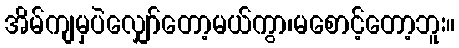
အိမ်ကျမှပဲလျှော်တော့မယ်ကွာ၊မစောင့်တော့ဘူး။